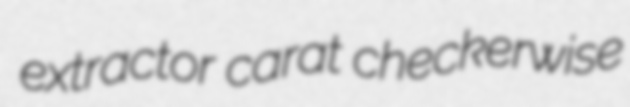
extractor carat checkerwise